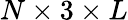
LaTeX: N\times 3\times L